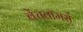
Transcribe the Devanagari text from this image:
बेंचवॉमर्स